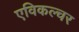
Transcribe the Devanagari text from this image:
एविकल्चर